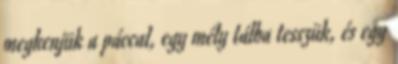
megkenjük a páccal, egy mély tálba tesszük, és egy